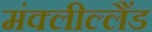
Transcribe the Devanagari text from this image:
मंक्लील्लैंड